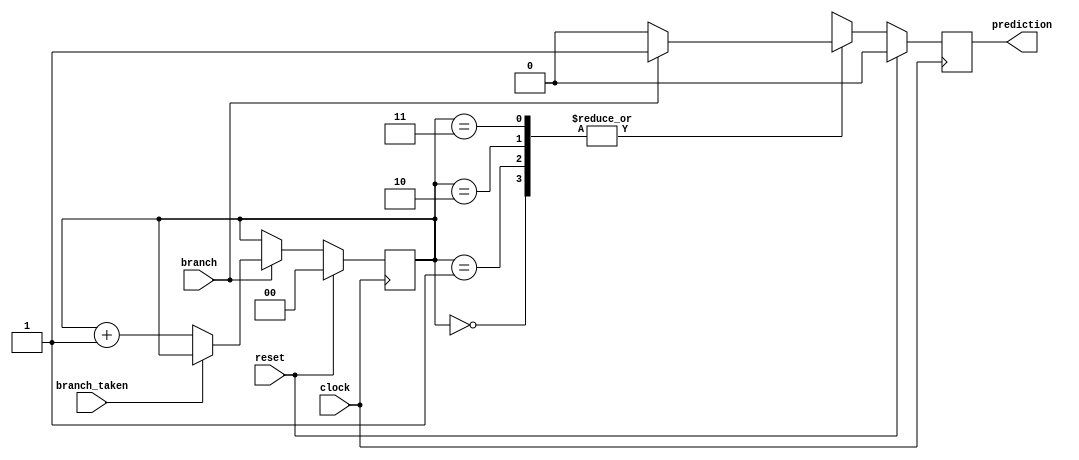
module branch_predictor(
    input wire clock,
    input wire reset,
    input wire branch,
    input wire branch_taken,
    output reg prediction
);
    reg [1:0] state;

    always @(posedge clock) begin
        if (reset) begin
            state <= 2'b00;
            prediction <= 1'b0;
        end else begin
            case (state)
                2'b00: begin
                    if (branch) prediction <= 1'b1;
                    else prediction <= 1'b0;
                end
                2'b01: begin
                    if (branch) prediction <= 1'b1;
                    else prediction <= 1'b0;
                end
                2'b10: begin
                    if (branch) prediction <= 1'b1;
                    else prediction <= 1'b0;
                end
                2'b11: begin
                    if (branch) prediction <= 1'b1;
                    else prediction <= 1'b0;
                end
            endcase
            if (branch) begin
                if (branch_taken) state <= state;
                else state <= state + 1;
            end else begin
                state <= state;
            end
        end
    end
endmodule